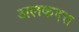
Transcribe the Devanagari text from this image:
अलकदत्त